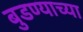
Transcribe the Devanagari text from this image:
बुडण्याच्या